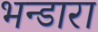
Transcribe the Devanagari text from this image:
भन्डारा